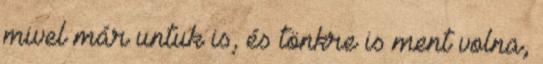
mivel már untuk is, és tönkre is ment volna,